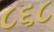
૮૬૮